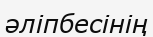
әліпбесінің